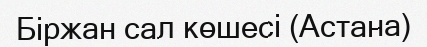
Біржан сал көшесі (Астана)